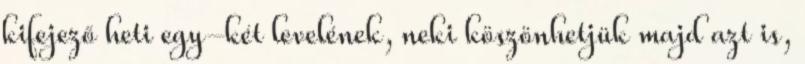
kifejező heti egy-két levelének, neki köszönhetjük majd azt is,